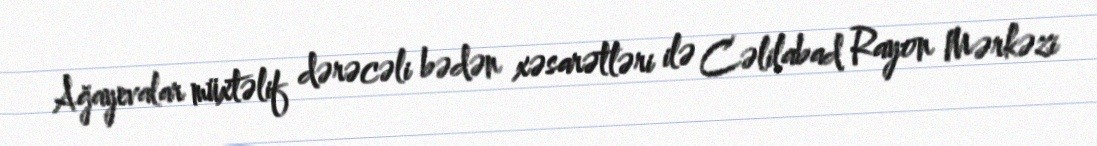
Ağayevalar müxtəlif dərəcəli bədən xəsarətləri ilə Cəlilabad Rayon Mərkəzi